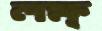
লক্ষ্